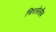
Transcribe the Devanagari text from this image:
चिरलेलीब